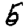
Digit: 5